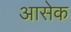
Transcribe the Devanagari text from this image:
आसेक